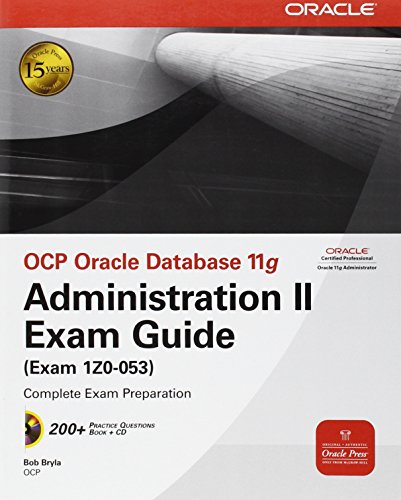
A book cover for OCP Oracle Database 11g Administration II Exam Guide: Exam 1Z0-053 (Oracle Press); Bob Bryla; Computers & Technology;